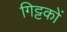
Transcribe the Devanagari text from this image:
गिट्टकों